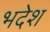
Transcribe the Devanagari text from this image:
भदेश